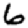
Digit: 6